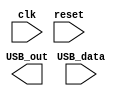
module USB_controller(
    input wire clk,
    input wire reset,
    input wire USB_data,
    
    // add more input signals here
    
    output wire USB_out
);
    
    // declare variables here
    
    // declare modules for clock generation and synchronization
    
    // implement control logic for managing data flow
    
    // implement error detection and handling modules
    
    // implement synchronization logic between components of the controller
    
endmodule